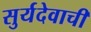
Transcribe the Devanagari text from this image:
सुर्यदेवाची